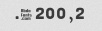
2, 200 $.